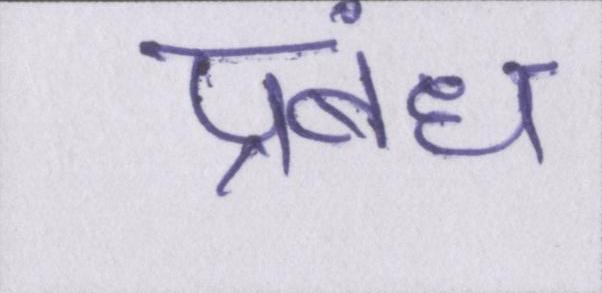
प्रबंध